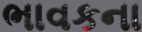
ભાવકના